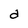
Character: d